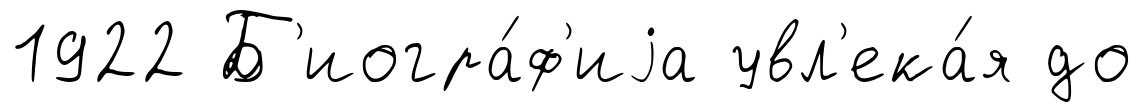
1922 Б'иогра́ф'иjа увл'ека́я до